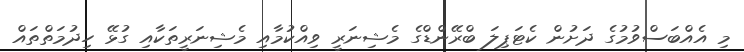
މި އެއްބަސްވުމުގެ ދަށުން ކެޓަޕިލަ ބްރޭންޑްގެ މެޝިނަރީ ވިއްކުމާއި މެޝިނަރީތަކާއި ގުޅޭ ހިދުމަތްތައް